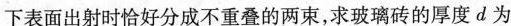
下表面出射时恰好分成不重叠的两束，求玻璃砖的厚度d为